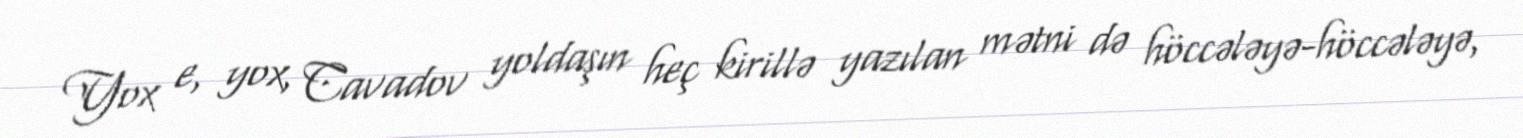
Yox e, yox, Cavadov yoldaşın heç kirillə yazılan mətni də höccələyə-höccələyə,